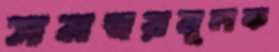
সমন্বয়মূলক